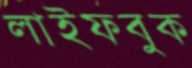
লাইফবুক